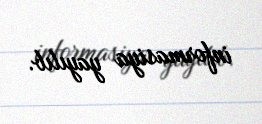
informasiya yayılıb.